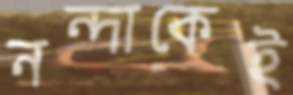
নন্দাকেই